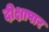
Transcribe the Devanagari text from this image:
दीक्षापार